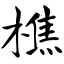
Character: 樵